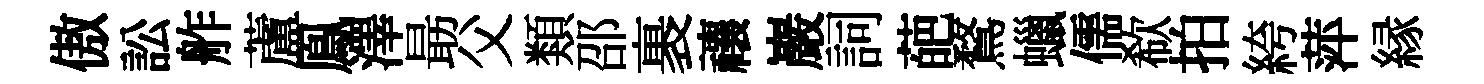
傲訟舴蘆鳯澤朂父類邵裹禳巖詞葩鶩蠟儒欷拍絝萍縁